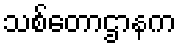
သစ်တောဌာနက